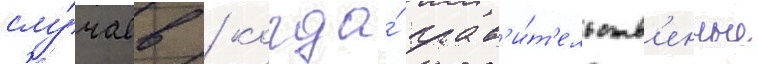
слу́чаев / когда́ прав'и́т'ельств'енные